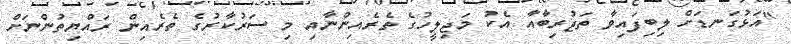
"އަޅުގަނޑަށް ލިބިފައިވާ ތަޖުރިބާއާ އެކު މަޖިލީހުގެ ތެރެއިންނާއި މި ސަރުކާރުގެ ތެރެއިން ރައްޔިތުންނަށް